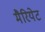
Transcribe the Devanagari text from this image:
मैरियेट